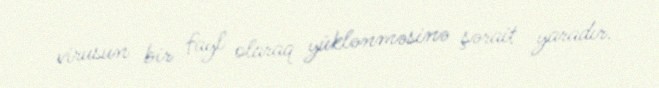
virusun bir fayl olaraq yüklənməsinə şərait yaradır.